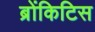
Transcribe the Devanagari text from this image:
ब्रोंकिटिस